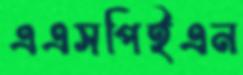
এএসপিইএন